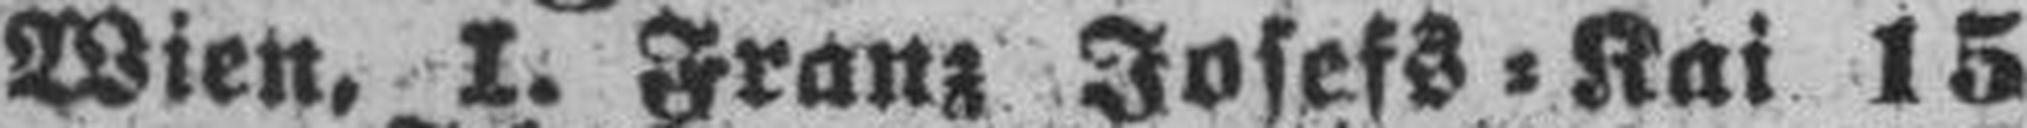
Wien, I. Franz Josefs=Kai 15